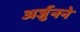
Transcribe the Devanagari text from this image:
अर्जुनने